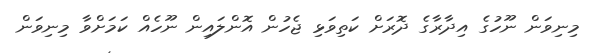
މިނިވަން ނޫހުގެ އިދާރާގެ ދޮރަށް ކަތިވަޅި ޖެހުން އޮންލައިން ނޫހެއް ކަމަށްވާ މިނިވަން